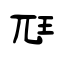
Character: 尫